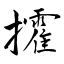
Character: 攉